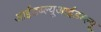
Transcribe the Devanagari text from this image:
आईडब्ल्यूआईडब्ल्यू